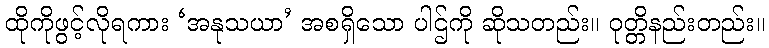
ထိုကိုဖွင့်လိုရကား ‘အနုသယာ’ အစရှိသော ပါဌ်ကို ဆိုသတည်း။ ဝုတ္တိနည်းတည်း။